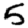
Digit: 5